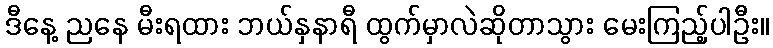
ဒီနေ့ ညနေ မီးရထား ဘယ်နှနာရီ ထွက်မှာလဲဆိုတာသွား မေးကြည့်ပါဦး။